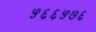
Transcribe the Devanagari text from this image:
५६६५७६